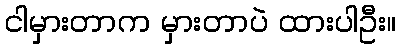
ငါမှားတာက မှားတာပဲ ထားပါဦး။